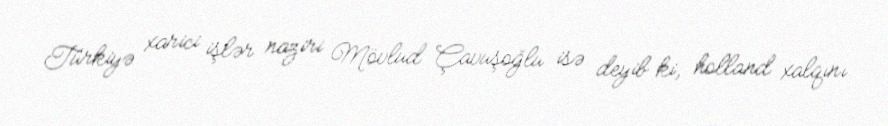
Türkiyə xarici işlər naziri Mövlud Çavuşoğlu isə deyib ki, holland xalqını